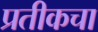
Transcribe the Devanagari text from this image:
प्रतीकचा